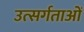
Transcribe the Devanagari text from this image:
उत्सर्गताओं